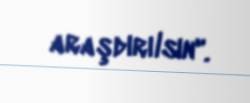
araşdırılsın".